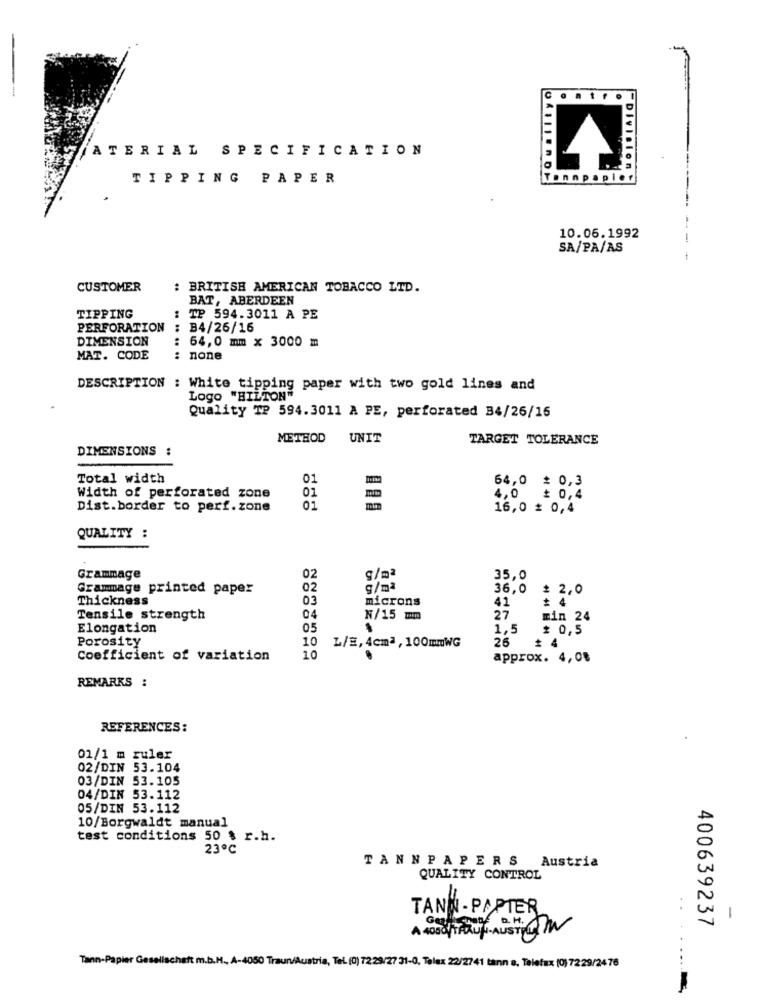
ATERIAL SPECIFICATION
Division
TIPPING PAPER
Tonnpapier
10.06.1992
-
SA/PA/AS
CUSTOMER
: BRITISH AMERICAN TOBACCO LTD.
BAT, ABERDEEN
TIPPING
: TP 594.3011 A PE
PERFORATION
: B4/26/16
DIMENSION
: 64,0 mm x 3000 m
MAT. CODE
: none
DESCRIPTION : White tipping paper with two gold lines and
Logo "HILTON"
Quality Te 594.3011 A PE, perforated 34/26/16
METHOD UNIT
TARGET TOLERANCE
DIMENSIONS :
Total width
01
64,0 = 0,3
01
Width of perforated zone
4,0 £ 0,4
Dist.border to perf.zone
01
16,0 £ 0,4
QUALITY :
Grammage
02
S/mª
35,0
Grammage printed paper
02
g/mª
36,0
≥ 2,0
Thickness
03
microns
# 4
41
Tensile strength
04
N/15 mm
27
min 24
Elongation
05
1,5
# 0,5
Porosity
10
26
L/E, 4cm2 , 100mmWG
Coefficient of variation
10
approx. 4,0%
REMARKS :
REFERENCES:
01/1 m ruler
02/DIN 53.104
03/DIN 53.105
04/DIN 53.112
05/DIN 53.112
10/Borgwaldt manual
test conditions 50 $ r.h.
23℃
TANNPAPERS Austria
QUALITY CONTROL
TANN- PAPIER
400639237
-
Tann-Papier Gesellschaft m.b.M ., A-4050 Traun/Austria, Tel. (0) 7229/27 31-0, Telex 22/2741 tann a, Telefax (0) 7229/2476